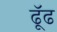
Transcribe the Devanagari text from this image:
ढूॅढ